Vabadussoja_Ajaloo_Komitee, lk 6
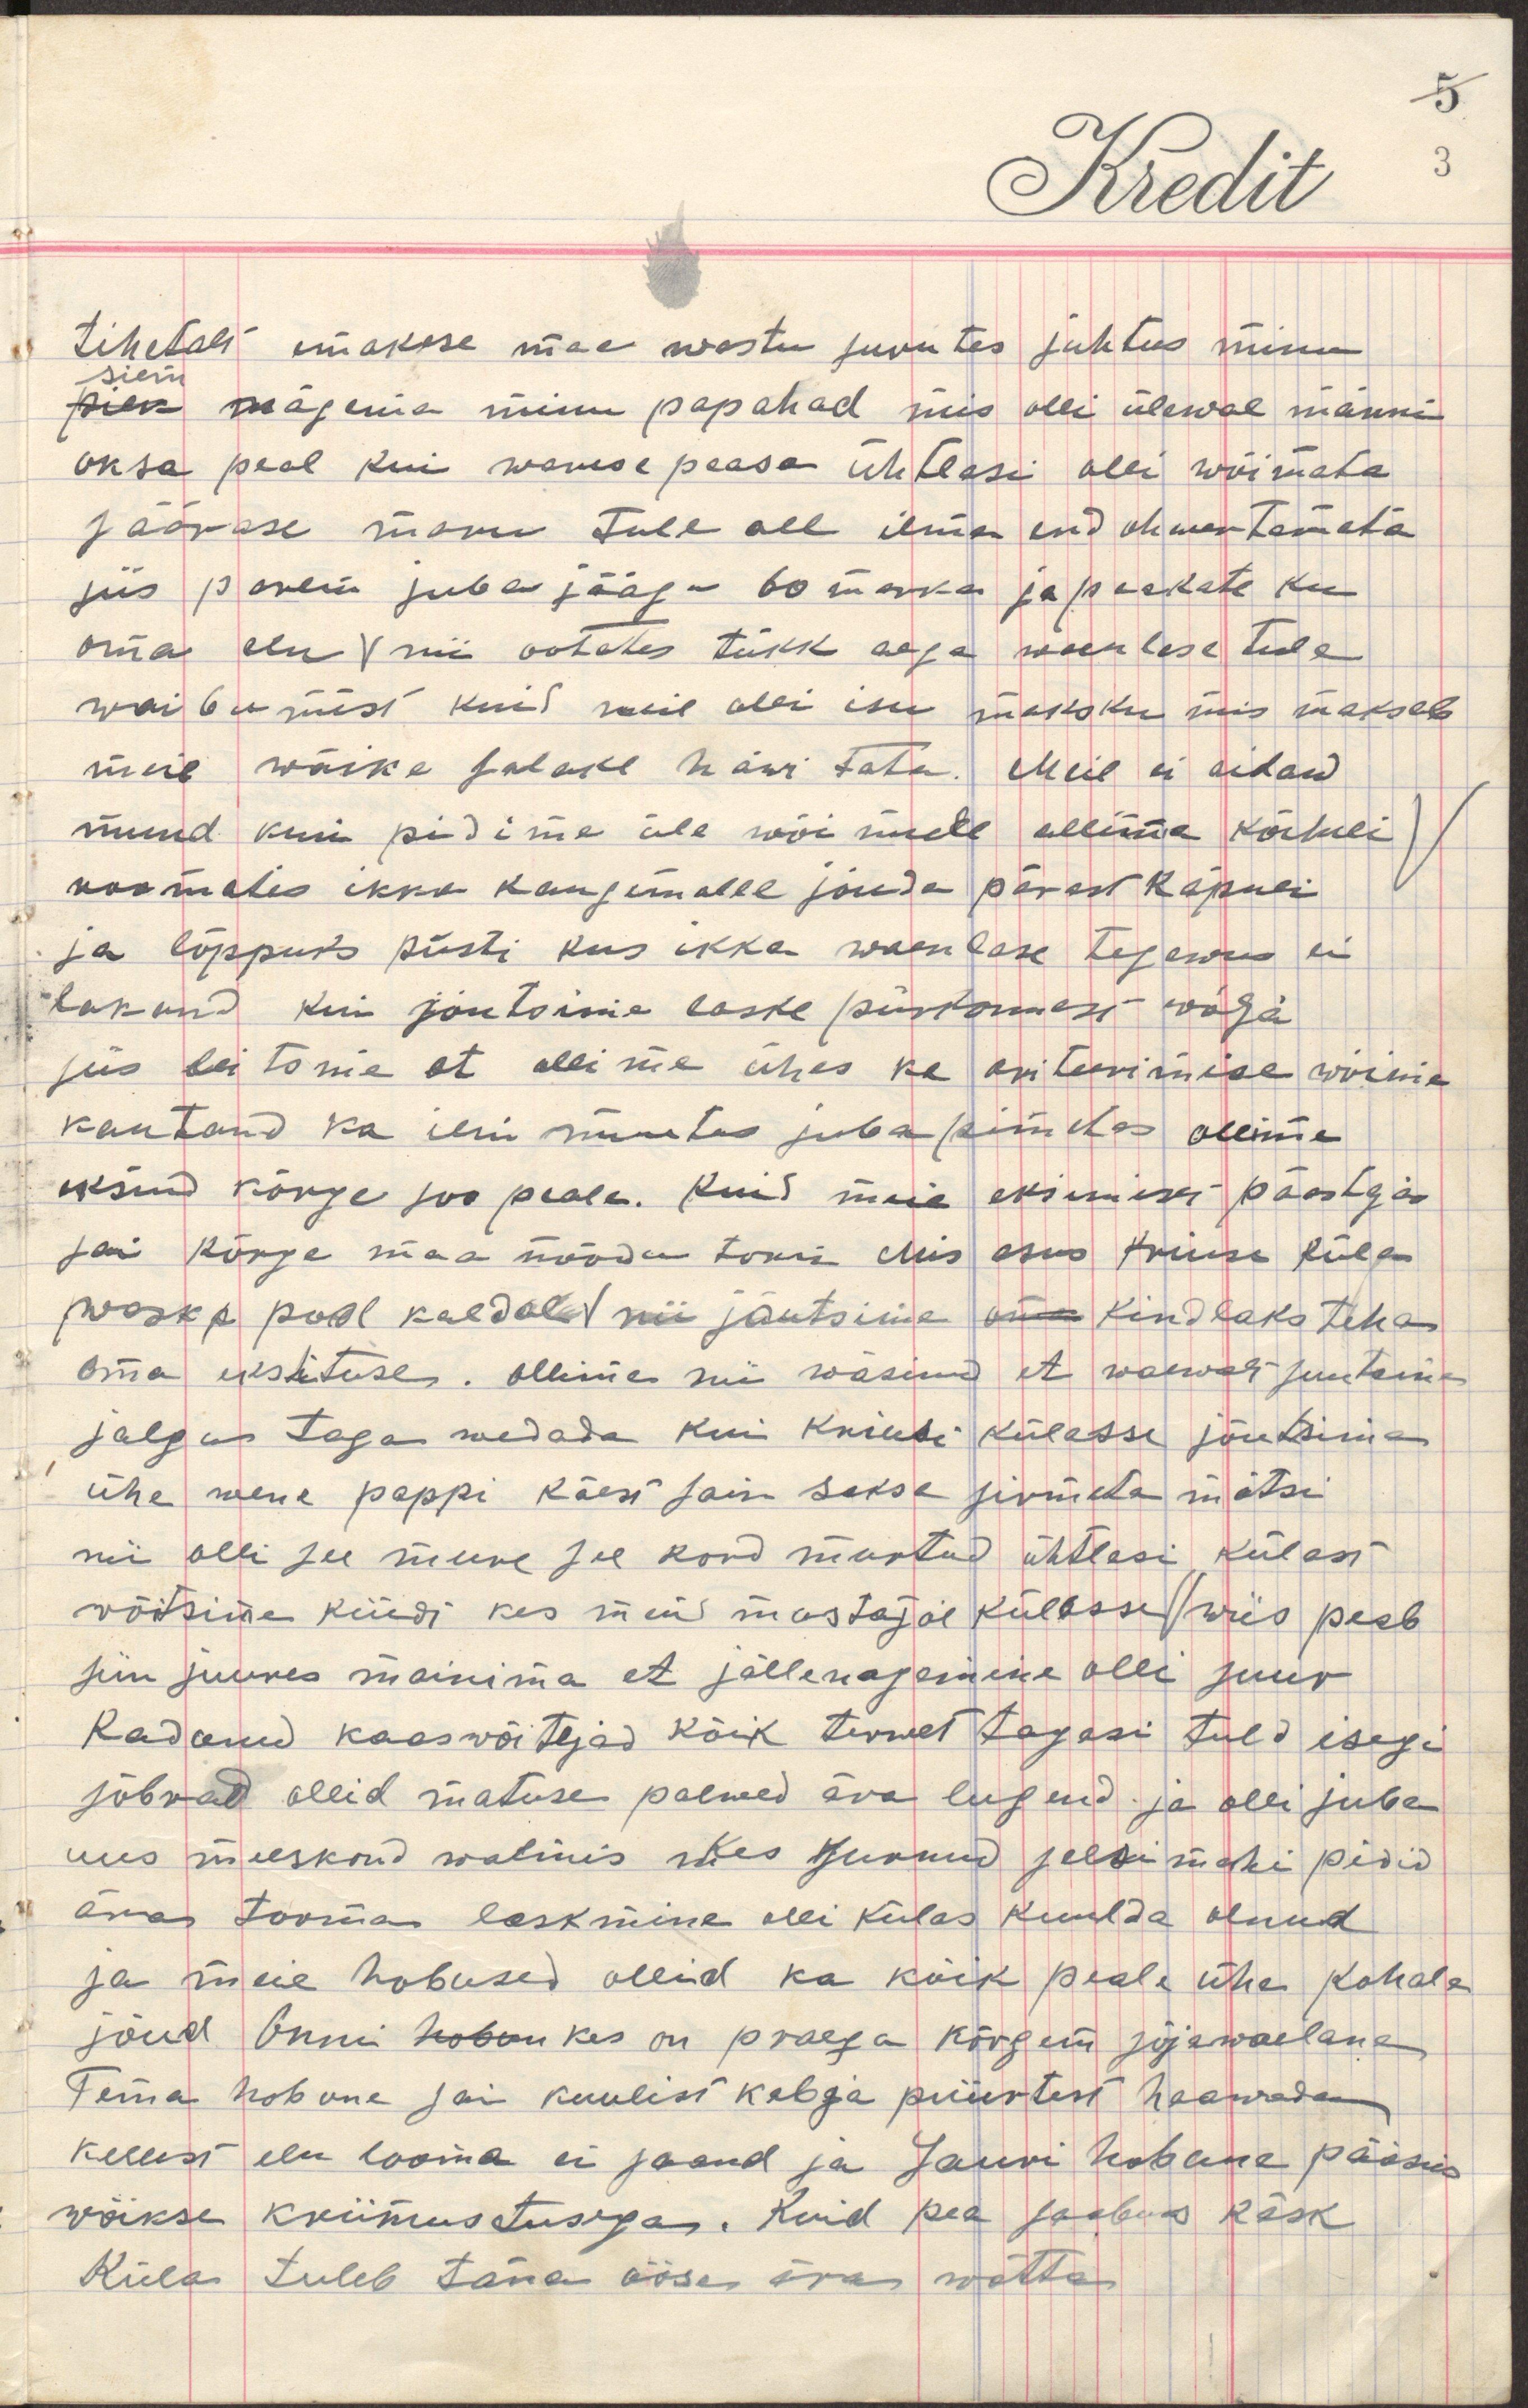
tihedalt emakese mäe wastu surutes juhtus minu
silm
pilk nägema minu papahad mis olli ülewal männi
oksa peal kui waresepeasa ühtlasi olli wõimata
säärase maru tule all ilma end ohwertamata
siis parem juba jäägu 60 marka ja peakate kui
oma elu nii ootates tükk aega waenlase tule 
waibumist kuid meil olli isu maksku mis maksab
meie wäike salake häwitada. Meil ei aitand
muud kui pidime üle wõimete alluma kõiluli 
roomates ikka kaugemalle jõuda pärast käpuli
ja lõppuks püsti kus ikka waenlaste tegewus ei
lasknud kui jõutsime laske piirkonnast wälja
siis leitsime et ollime ühes ka ariteerimise wõime
kautand ka ilm muutus juba pimedas olime
eksind kõrge soo peale. Kuid meie eksimise päästja
sai kõrge maa mõõda torni mis asus Kriusa külla
waska pool kaldal nii jõutsime kindlaks teha
oma üksituses. ollime nii wäsinud et waewalt suutsime
jalgu taga wedada kui Kriusi külasse jõutsime
ühe wene pappi käest sain saksa sirmeta mütsi
nii olli see mure see kord murtud ühtlasi külast
wõtsime küüdi kes meid mustajõe külasse wiis peab
siin juures mainima et jällenägemine olli suur
Kadunud kaaswõitljad kõik terwelt tagasi tulid isegi
sõbrad ollid matuse palwed ära lugenud ja olli juba
uus meeskond walmis kes surnud selsimehi pidid
ära tooma laskmine olli külas kuulda olnud
ja meie hobused ollid ka kõik peale ühe kohale
jõud Onni hobun kes on praegu kõrgem sõjawäelane
Tema hobune sai kuulist kebja piiretest haawada
kellest elu looma ei saand ja Jauri hobune pääsis
wäikse kriimustusega. Kuid pea saabus käsk
Küla tuleb täna öösel ära wõtta